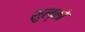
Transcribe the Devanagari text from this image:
शुल्को